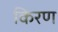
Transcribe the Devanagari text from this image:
किरण